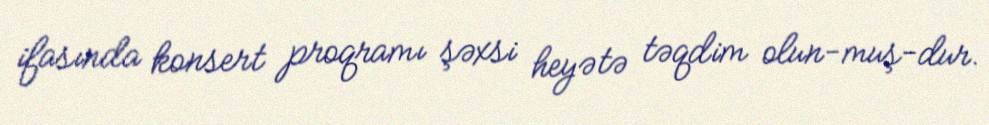
ifasında konsert proqramı şəxsi heyətə təqdim olun­muş­dur.